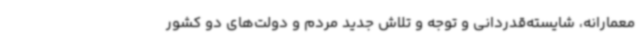
معمارانه، شایسته‌قدردانی و توجه و تلاش جدید مردم و دولت‌های دو کشور